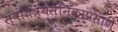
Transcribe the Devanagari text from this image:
स्वातंत्र्यसैनिकाप्रमाणे